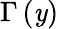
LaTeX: \Gamma\left(\mathit{y}\right)